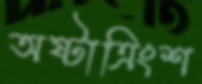
অষ্টাত্রিংশ